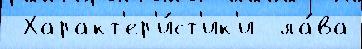
 Характ'ер'и́ст'ик'и  ла́ва